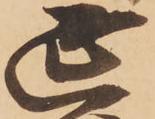
延